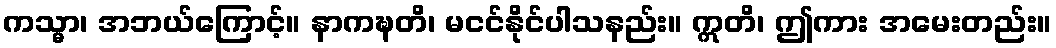
ကသ္မာ၊ အဘယ်ကြောင့်။ နာကဍ္ဎတိ၊ မငင်နိုင်ပါသနည်း။ ဣတိ၊ ဤကား အမေးတည်း။